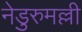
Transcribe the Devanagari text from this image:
नेडुरुमल्ली